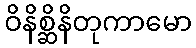
ဝိနိစ္ဆိနိတုကာမော